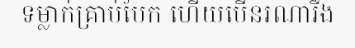
ទម្លាក់គ្រាប់បែក ហើយបើនរណារឹង